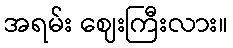
အရမ်း ဈေးကြီးလား။